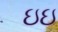
ઇઇ